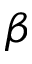
\beta